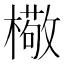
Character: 㯳